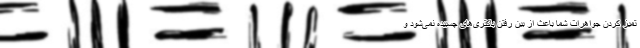
تمیز کردن جواهرات شما باعث از بین رفتن باکتری‌های چسبیده نمی‌شود و